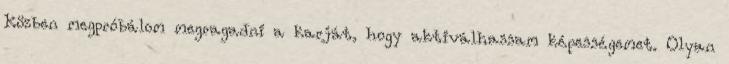
Közben megpróbálom megragadni a karját, hogy aktiválhassam képességemet. Olyan